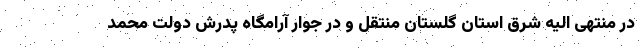
در منتهی الیه شرق استان گلستان منتقل و در جوار آرامگاه پدرش دولت محمد